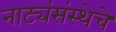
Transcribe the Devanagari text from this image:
नाट्यंसंस्थेचे